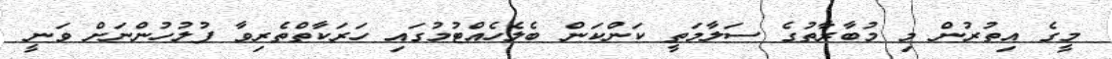
މީގެ އިތުރުން މި މުބާރާތުގެ ސަލާމަތީ ކަންކަން ބެލެހެއްޓުމުގައި ހަރަކާތްތެރިވާ ފުލުހުންނަށް ވަނީ